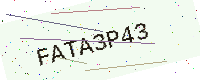
Text: FATA3P43